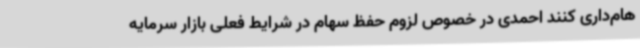
هام‌داری کنند احمدی در خصوص لزوم حفظ سهام در شرایط فعلی بازار سرمایه